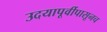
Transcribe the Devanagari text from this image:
उदयापूर्वीपासूनच